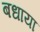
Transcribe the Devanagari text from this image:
बधाया